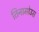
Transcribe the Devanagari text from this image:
तिनामोउस